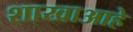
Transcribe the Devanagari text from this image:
शाखाआहे